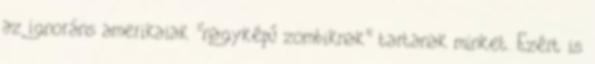
az ignoráns amerikaiak "nagyképű zombiknak" tartanak minket. Ezért is